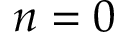
n = 0